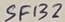
Text: SF132